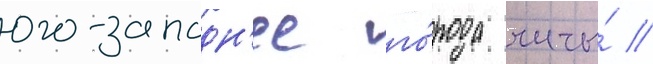
юго-западн'ее го́рода читы́ //